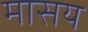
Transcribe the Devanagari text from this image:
मासय